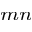
_ { m n }